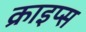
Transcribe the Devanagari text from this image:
क्राइप्स